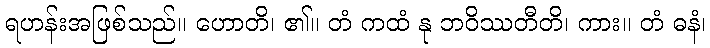
ရဟန်းအဖြစ်သည်။ ဟောတိ၊ ၏။ တံ ကထံ နု ဘဝိဿတီတိ၊ ကား။ တံ ဓနံ၊